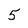
Character: 5